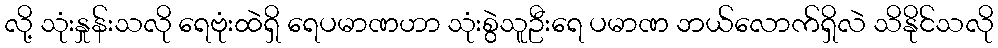
လို့ သုံးနှုန်းသလို ရေဗုံးထဲရှိ ရေပမာဏဟာ သုံးစွဲသူဦးရေ ပမာဏ ဘယ်လောက်ရှိလဲ သိနိုင်သလို